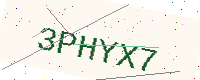
Text: 3PHYX7